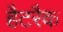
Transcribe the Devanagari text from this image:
हैटरैक